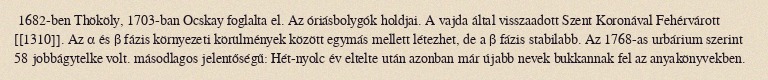
1682-ben Thököly, 1703-ban Ocskay foglalta el. Az óriásbolygók holdjai. A vajda által visszaadott Szent Koronával Fehérvárott [[1310]]. Az α és β fázis környezeti körülmények között egymás mellett létezhet, de a β fázis stabilabb. Az 1768-as urbárium szerint 58 jobbágytelke volt. másodlagos jelentőségű: Hét-nyolc év eltelte után azonban már újabb nevek bukkannak fel az anyakönyvekben.